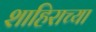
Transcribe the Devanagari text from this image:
शाहिराच्या